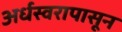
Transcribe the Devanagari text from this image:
अर्धस्वरापासून